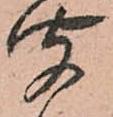
聞